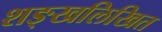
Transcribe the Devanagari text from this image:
शङ्खलिखित